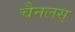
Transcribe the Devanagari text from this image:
चैनलस्